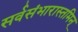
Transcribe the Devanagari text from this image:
सर्वसंभारास्तमिन्‌